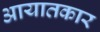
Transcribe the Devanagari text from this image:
आयातकार